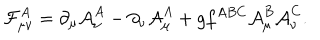
LaTeX: { \cal F } _ { \mu \nu } ^ { A } = \partial _ { \mu } { \cal A } _ { \nu } ^ { A } - \partial _ { \nu } { \cal A } _ { \mu } ^ { A } + g f ^ { A B C } { \cal A } _ { \mu } ^ { B } { \cal A } _ { \nu } ^ { C } .